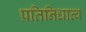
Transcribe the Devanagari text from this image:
प्रतिनिधात्व